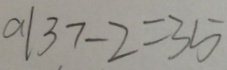
a \vert 3 7 - 2 = 3 5